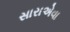
સારાએવા